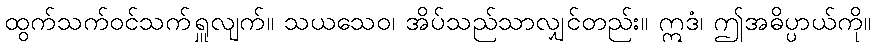
ထွက်သက်ဝင်သက်ရှူလျက်။ သယသေဝ၊ အိပ်သည်သာလျှင်တည်း။ ဣဒံ၊ ဤအဓိပ္ပာယ်ကို။